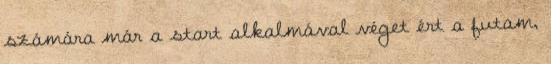
számára már a start alkalmával véget ért a futam,